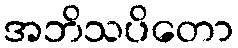
အဘိသပိတော